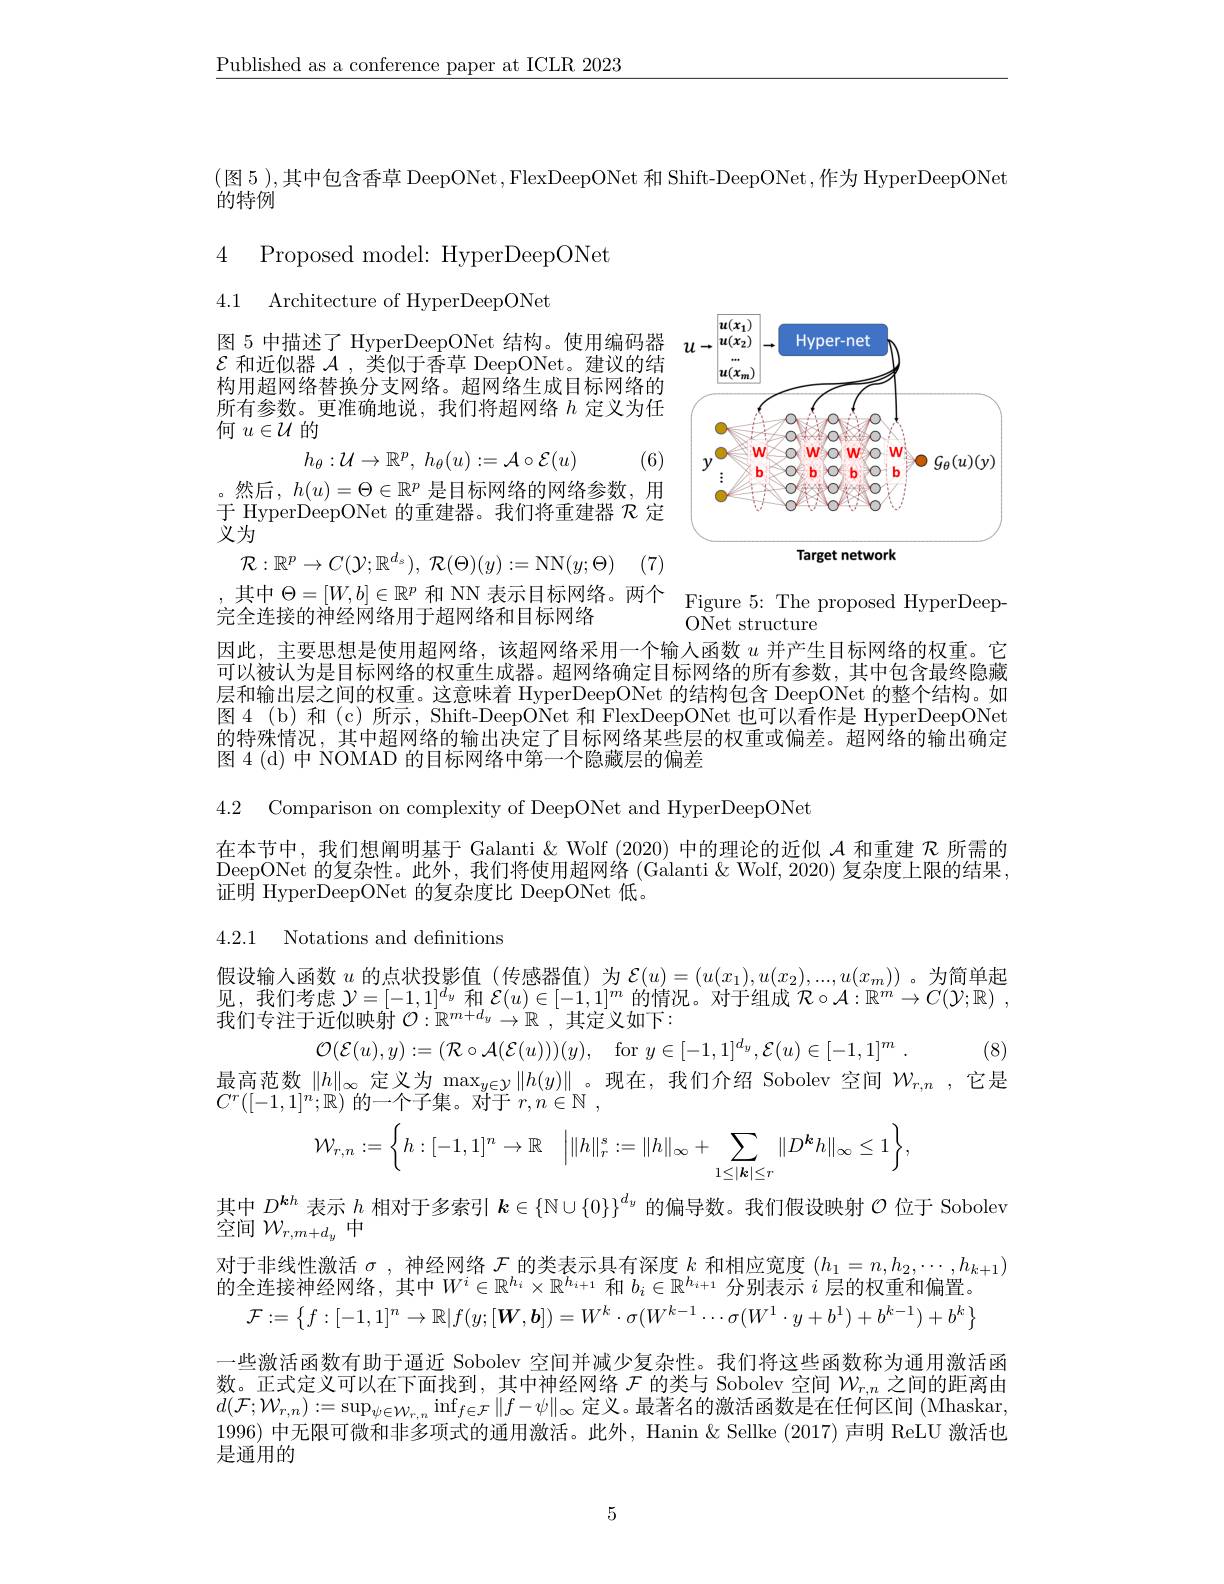
$\underline{\text{Published as a conference paper at ICLR 2023}}$

(图 5 ),其中包含香草 DeepONet ,FlexDeepONet 和 Shift-DeepONet,作为 HyperDeepONet
的特例

4 Proposed model: HyperDeepONet
4.1 Architecture of HyperDeepONet

图 5 中描述了 HyperDeepONet 结构。使用编码器$\mathcal{E}$和近似器$\mathcal{A}$,类似于香草 DeepONet。建议的结构用超网络替换分支网络。超网络生成目标网络的所有参数。更准确地说，我们将超网络$h$ 定义为任何$u\in\mathcal{U}$的
$$h_{\theta}:\mathcal{U}\to\mathbb{R}^{p},\:h_{\theta}(u):=\mathcal{A}\circ\mathcal{E}(u)$$
<FigureHere>

(6)

。然后，$h(u)=\Theta\in\mathbb{R}^p$是目标网络的网络参数，用于 HyperDeepONet 的重建器。我们将重建器$\mathcal{R}$定义为
$$\mathcal{R}:\mathbb{R}^p\to C(\mathcal{Y};\mathbb{R}^{d_s}),\:\mathcal{R}(\Theta)(y):=\mathrm{NN}(y;\Theta)$$
,其中$\Theta=[W,b]\in\mathbb{R}^p$ 和 NN 表示目标网络。两个 Figure 5: The proposed HyperDeep-
完全连接的神经网络用于超网络和目标网络

ONet structure

因此，主要思想是使用超网络，该超网络采用一个输人函数$u$并产生目标网络的权重。它可以被认为是目标网络的权重生成器。超网络确定目标网络的所有参数，其中包含最终隐藏层和输出层之间的权重。这意味着 HyperDeepONet 的结构包含 DeepONet 的整个结构。如图4 (b)和(c)所示，Shift-DeepONet 和 FlexDeepONet 也可以看作是 HyperDeepONet 的特殊情况，其中超网络的输出决定了目标网络某些层的权重或偏差。超网络的输出确定图 4 (d) 中 NOMAD 的目标网络中第一个隐藏层的偏差

4.2 Comparison on complexity of DeepONet and HyperDeepONet

在本节中，我们想阐明基于 Galanti& Wolf (2020) 中的理论的近似$\mathcal{A}$和重建$\mathcal{R}$所需的DeepONet 的复杂性。此外，我们将使用超网络 (Galanti&Wolf, 2020) 复杂度上限的结果， 证明 HyperDeepONet 的复杂度比 DeepONet 低。

4.2.1 Notations and definitions

假设输人函数$u$的点状投影值(传感器值)为$\mathcal{E}(u)=(u(x_1),u(x_2),...,u(x_m))$ 。为简单起回 我们我有$\nu_{[\mathrm{~}]}^{[\mathrm{~}]}$ $\begin{array}{l}\text{见，我们考虑 }\mathcal{Y}=[-1,1]^{d_y}\text{ 和 }\mathcal{E}(u)\in[-1,1]^m\text{ 的情况。对于组成 }\mathcal{R}\circ\mathcal{A}:\mathbb{R}^{m}\to C(\mathcal{Y};\mathbb{R})\\\text{我们专注于近似映射 }\mathcal{O}:\mathbb{R}^{m+d_y}\to\mathbb{R}\:,\text{ 其定义如下}:\end{array}$
$\mathcal{O} ( \mathcal{E} ( u) , y) : = ( \mathcal{R} \circ \mathcal{A} ( \mathcal{E} ( u) ) ) ( y) $, for$y\in [ - 1, 1] ^{d_{y}}, \mathcal{E} ( u) \in [ - 1, 1] ^{m}$ . (8)
最高范数$\|h\|_\infty$定义为$\max_y\in\mathcal{Y}\|h(y)\|$。现在，我们介绍 Sobolev 空间$W_{r,n}$ ,它是
$C^{r}([-1,1]^{n};\mathbb{R})$的一个子集。对于$r, n\in \mathbb{N}$ ,
$$\mathcal{W}_{r,n}:=\Big\{h:[-1,1]^n\to\mathbb{R}\quad\Big|\|h\|_r^s:=\|h\|_\infty+\sum_{1\leq|\boldsymbol{k}|\leq r}\|D^{\boldsymbol{k}}h\|_\infty\leq1\Big\},$$
其中$D^{\boldsymbol{k}h}$表示$h$相对于多索引$k\in\{\mathbb{N}\cup\{0\}\}^{d_y}$的偏导数。我们假设映射$\mathcal{O}$位于 Sobolev
$\overset {\rightharpoonup }{\operatorname* { \operatorname* { \operatorname* { 空 间 } } } }$ $\bar{\mathcal{W} } _{r, m+ d_{y}}\overset {\rightharpoonup }{\operatorname* { \operatorname* { \operatorname* { \operatorname* { \sim } } } } }$
对于非线性激活$\sigma$ ,神经网络$\mathcal{F}$的类表示具有深度$k$和相应宽度$(h_1=n,h_2,\cdots,h_{k+1})$
的全连接神经网络，其中$W^i\in\mathbb{R}^{h_i}\times\mathbb{R}^{h_{i+1}}$和$b_i\in\mathbb{R}^{h_{i+1}}$分别表示$i$层的权重和偏置。
$\mathcal{F}:=\left\{f:[-1,1]^n\to\mathbb{R}|f(y;[\boldsymbol{W},\boldsymbol{b}])=W^k\cdot\sigma(W^{k-1}\cdots\sigma(W^1\cdot y+b^1)+b^{k-1})+b^k\right\}$
一些激活函数有助于逼近 Sobolev 空间并减少复杂性。我们将这些函数称为通用激活函数。正式定义可以在下面找到，其中神经网络$\mathcal{F}$的类与 Sobolev 空间$\mathcal{W}_{r,n}$之间的距离由$d(\mathcal{F};W_{r,n}):=\sup_{\psi\in\mathcal{W}_{r,n}}\inf_{f\in\mathcal{F}}\|f-\psi\|_{\infty}$定义。最著名的激活函数是在任何区间 (Mhaskar, 1996)中无限可微和非多项式的通用激活。此外，Hanin & Sellke (2017) 声明 ReLU 激活也是通用的

5